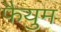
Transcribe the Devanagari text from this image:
फैयुम